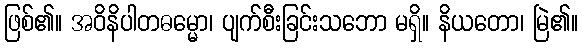
ဖြစ်၏။ အဝိနိပါတဓမ္မော၊ ပျက်စီးခြင်းသဘော မရှိ။ နိယတော၊ မြဲ၏။